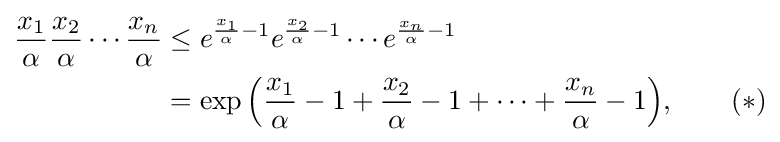
{\begin{aligned}{{\frac {x_{1}}{\alpha }}{\frac {x_{2}}{\alpha }}\cdots {\frac {x_{n}}{\alpha }}}&\leq {e^{{\frac {x_{1}}{\alpha }}-1}e^{{\frac {x_{2}}{\alpha }}-1}\cdots e^{{\frac {x_{n}}{\alpha }}-1}}\\&=\exp {\Bigl (}{\frac {x_{1}}{\alpha }}-1+{\frac {x_{2}}{\alpha }}-1+\cdots +{\frac {x_{n}}{\alpha }}-1{\Bigr )},\qquad (*)\end{aligned}}